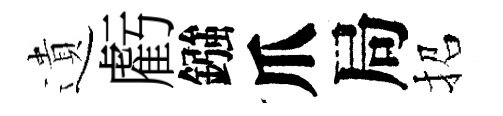
遺虧鏹爪局招